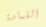
القمامة